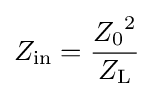
Z_{\mathrm {in} }={\frac {{Z_{0}}^{2}}{Z_{\mathrm {L} }}}